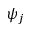
\psi _ { j }